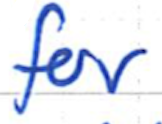
Text: for
Cross-out: clean
Writing tool: ballpoint